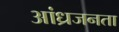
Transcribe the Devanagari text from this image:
आंध्रजनता